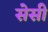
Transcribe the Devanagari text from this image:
सेसी